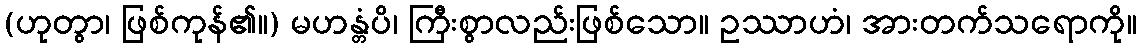
(ဟုတွာ၊ ဖြစ်ကုန်၏။) မဟန္တံပိ၊ ကြီးစွာလည်းဖြစ်သော။ ဥဿာဟံ၊ အားတက်သရောကို။